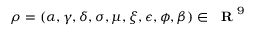
\rho = ( \alpha , \gamma , \delta , \sigma , \mu , \xi , \epsilon , \phi , \beta ) \in { \mathrm { ~ \bf ~ R ~ } } ^ { 9 }